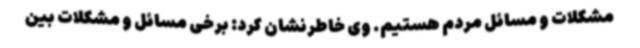
مشکلات و مسائل مردم هستیم. وی خاطرنشان کرد: برخی مسائل و مشکلات بین